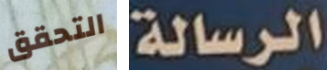
التحقق الرسالة